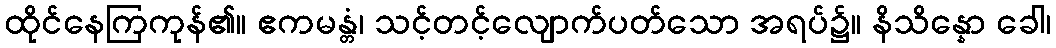
ထိုင်နေကြကုန်၏။ ဧကမန္တံ၊ သင့်တင့်လျောက်ပတ်သော အရပ်၌။ နိသိန္နော ခေါ၊